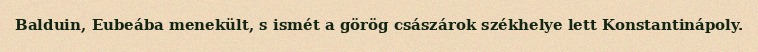
Balduin, Eubeába menekült, s ismét a görög császárok székhelye lett Konstantinápoly.